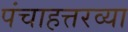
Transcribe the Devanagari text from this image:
पंचाहत्तरव्या